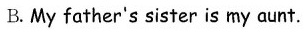
B. My father's sister is my aunt.